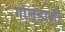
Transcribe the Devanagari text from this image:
गोलंडाजी